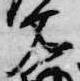
文